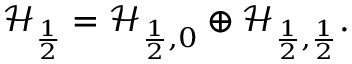
\mathcal { H } _ { \frac { 1 } { 2 } } = \mathcal { H } _ { \frac { 1 } { 2 } , 0 } \oplus \mathcal { H } _ { \frac { 1 } { 2 } , \frac { 1 } { 2 } } .